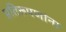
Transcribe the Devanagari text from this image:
प्रतिरूपणांना